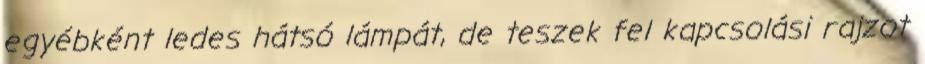
egyébként ledes hátsó lámpát, de teszek fel kapcsolási rajzot